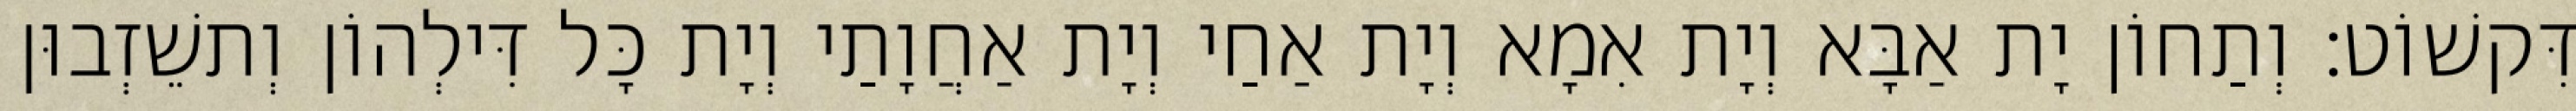
דִּקשׁוֹט׃ וְתַחוֹן יָת אַבָּא וְיָת אִמָא וְיָת אַחַי וְיָת אַחֲוָתַי וְיָת כָּל דִּילְהוֹן וְתשֵׁזְבוּן